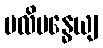
ပလိဗန္ဓေယျ